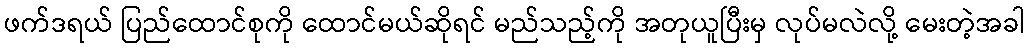
ဖက်ဒရယ် ပြည်ထောင်စုကို ထောင်မယ်ဆိုရင် မည်သည့်ကို အတုယူပြီးမှ လုပ်မလဲလို့ မေးတဲ့အခါ